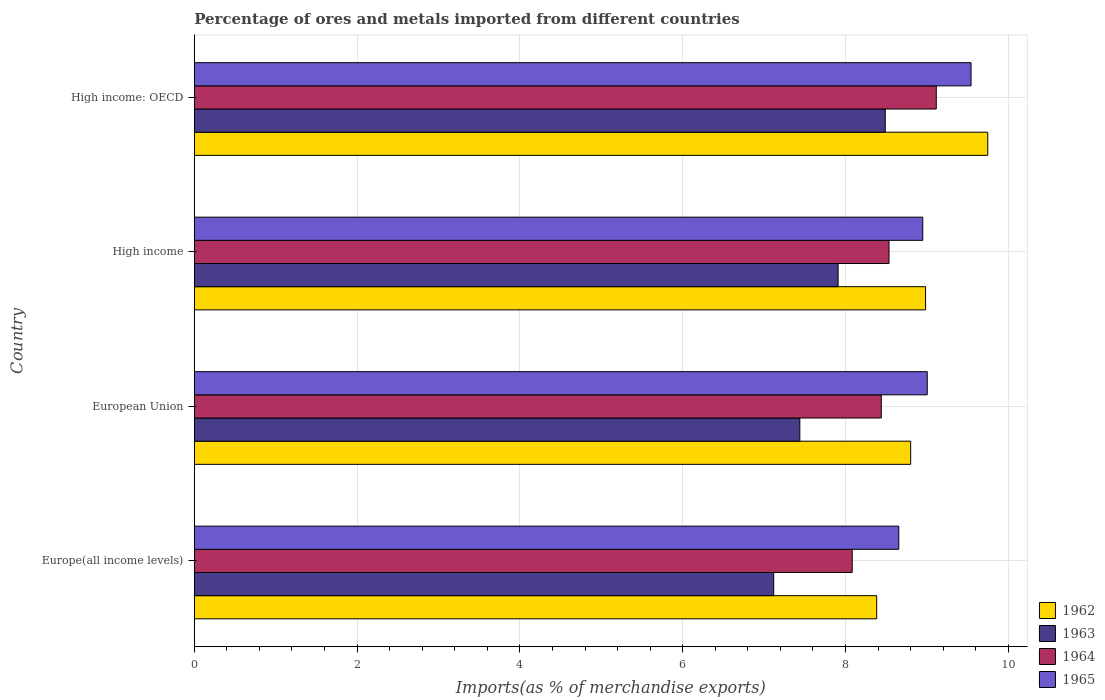
| Country | 1962 | 1963 | 1964 | 1965 |
 | --- | --- | --- | --- | --- |
 | Europe(all income levels) | 8.38 | 7.12 | 8.08 | 8.65 |
 | European Union | 8.8 | 7.44 | 8.44 | 9 |
 | High income | 8.98 | 7.91 | 8.53 | 8.95 |
 | High income: OECD | 9.75 | 8.49 | 9.11 | 9.54 |